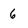
Character: 6